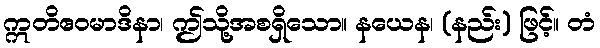
ဣတိဧဝမာဒိနာ၊ ဤသို့အစရှိသော။ နယေန၊ (နည်း) ဖြင့်။ တံ